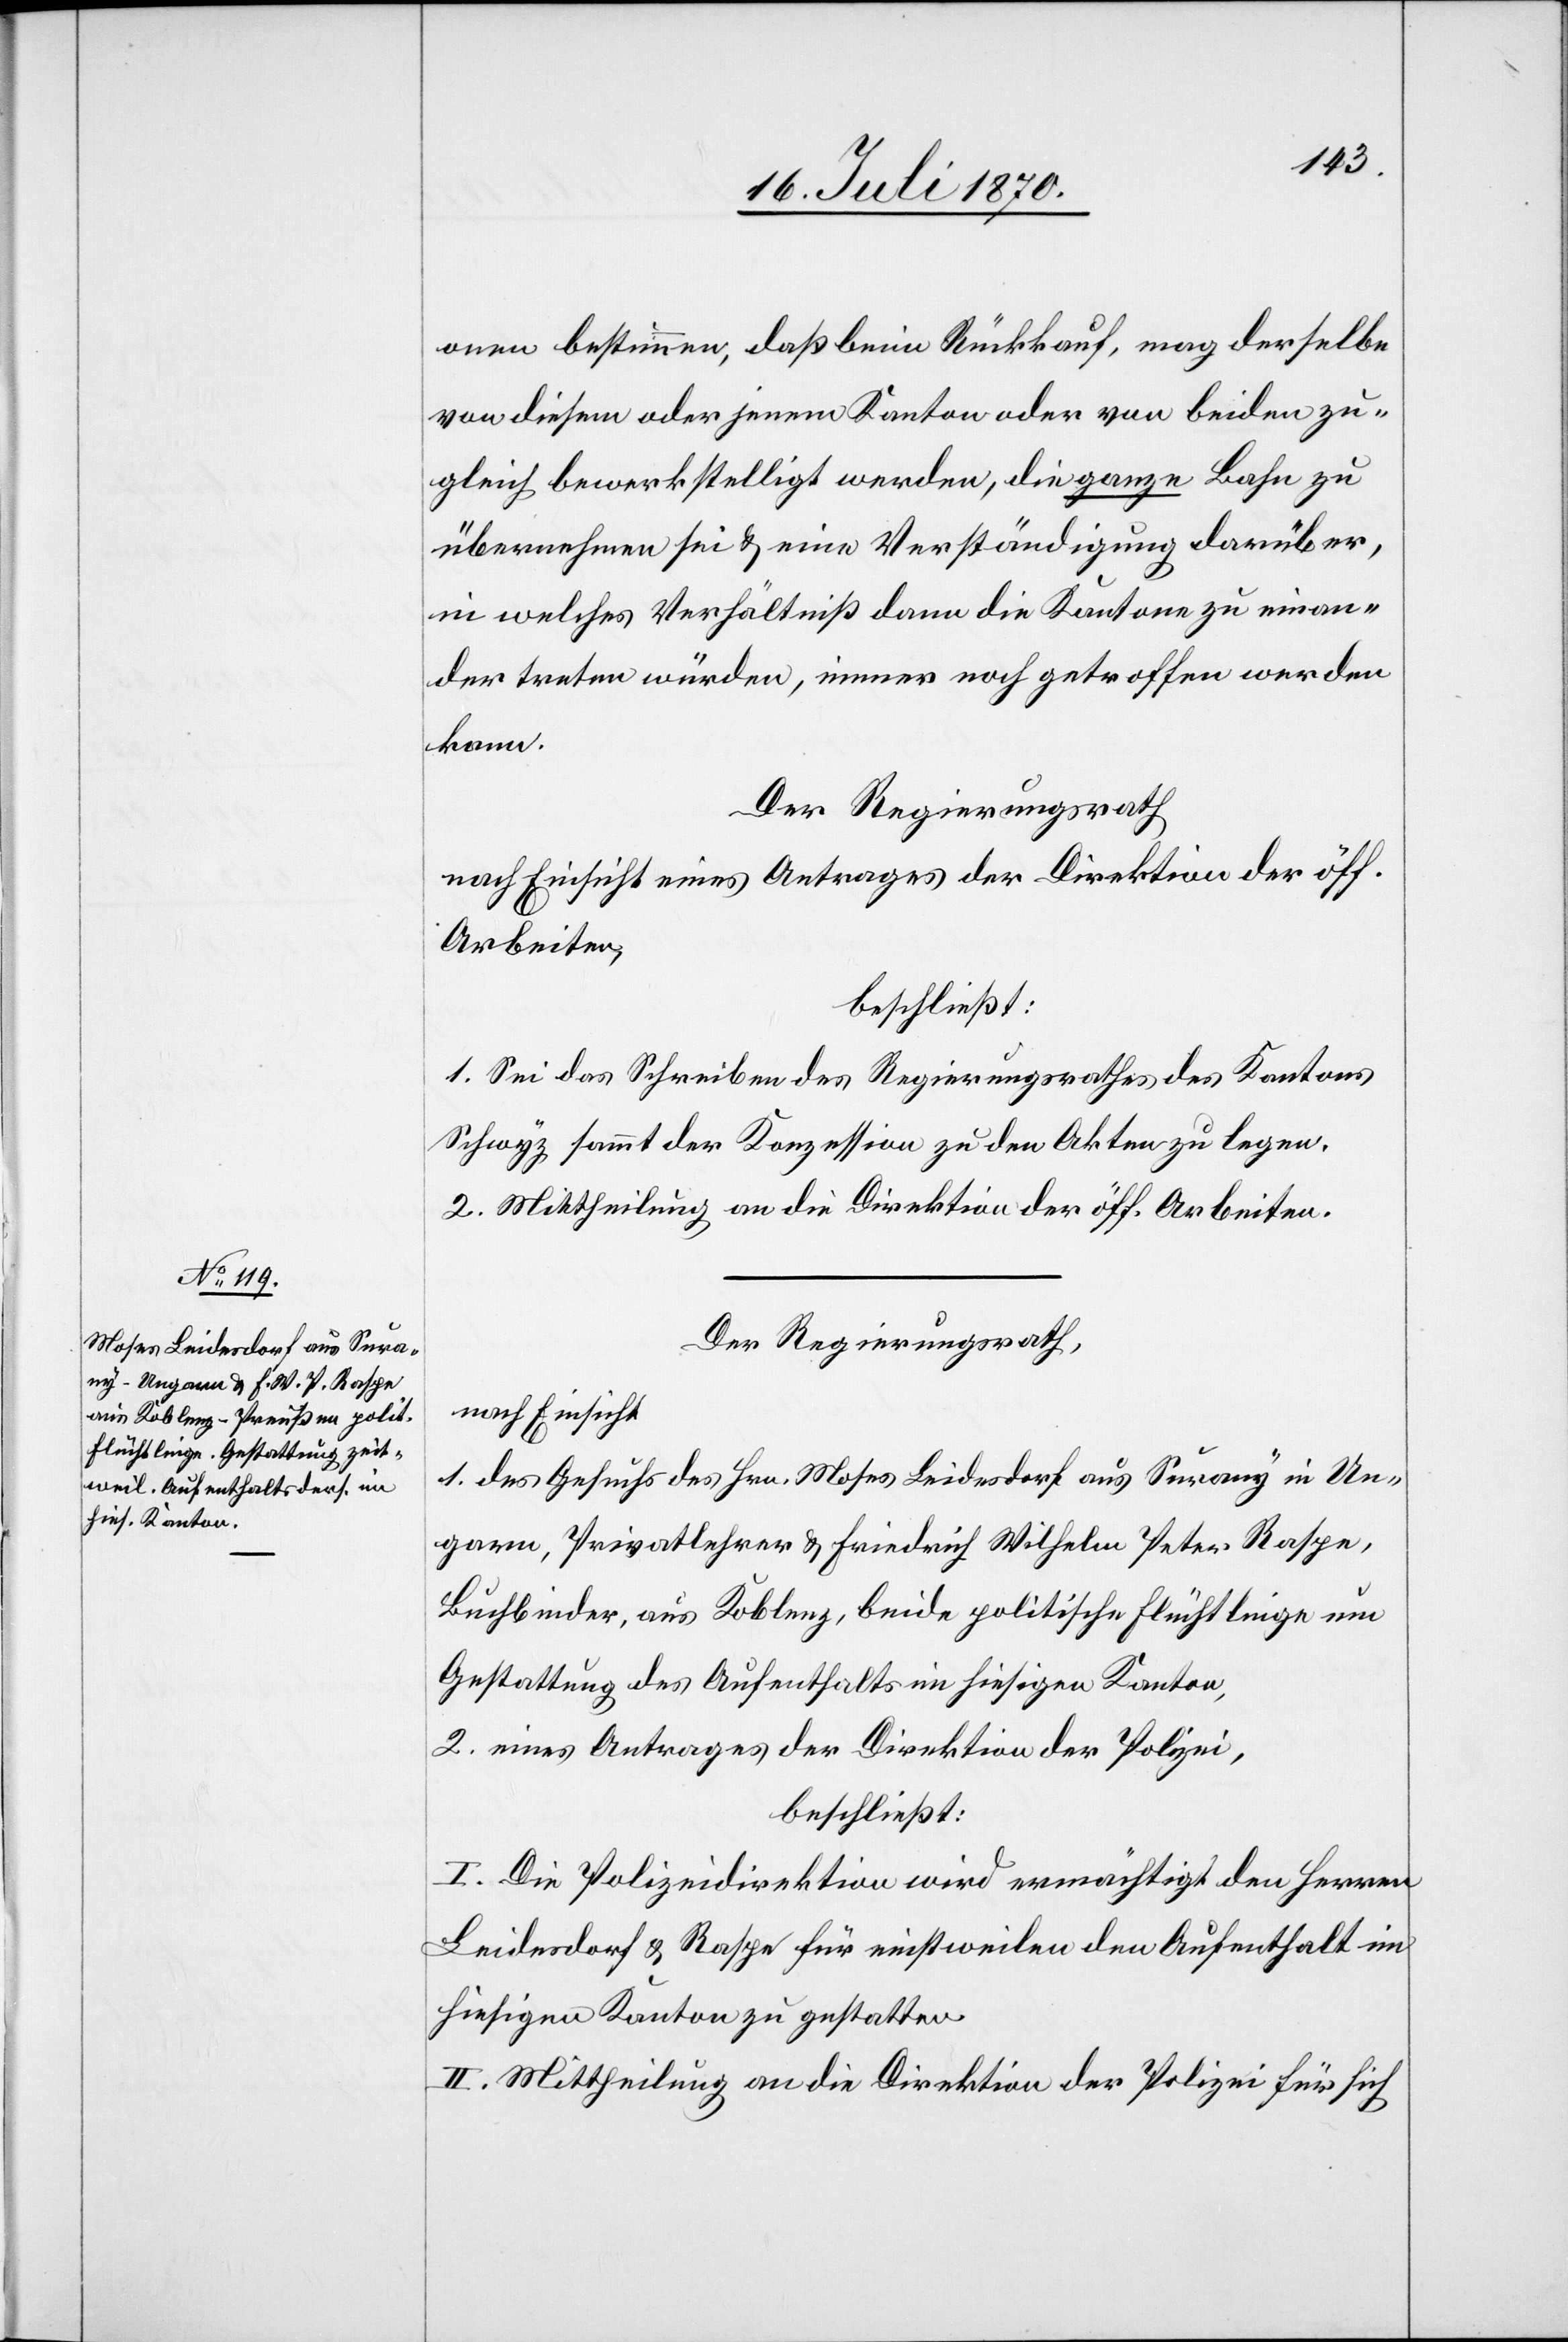
onen bestimmen, daß beim Rückkauf, mag derselbe
von diesem oder jenem Kanton oder von beiden zu¬
gleich bewerkstelligt werden, die ganze Bahn zu
übernehmen sei & eine Verständigung darüber,
in welches Verhältniß dann die Kantone zu einan¬
der treten würden, immer noch getroffen werden
kann.
Der Regierungsrath,
nach Einsicht eines Antrages der Direktion der öff.
Arbeiten,
beschließt:
1. Sei das Schreiben des Regierungsrathes des Kantons
Schwyz sammt der Konzession zu den Akten zu legen.
2. Mittheilung an die Direktion der öff. Arbeiten.
Der Regierungsrath,
nach Einsicht
1. des Gesuchs des Hrn. Moses Leidersdorf aus Surany in Un¬
garn, Privatlehrer & Friedrich Wilhelm Peter Raspe,
Buchbinder, aus Koblenz, beide politische Flüchtlinge[,] um
Gestattung des Aufenthalts in hiesigen [sic!] Kanton,
2. eines Antrages der Direktion der Polizei,
beschließt:
I. Die Polizeidirektion wird ermächtigt[,] den Herren
Leidersdorf & Raspe für einstweilen den Aufenthalt im
hiesigen Kanton zu gestatten.
II. Mittheilung an die Direktion der Polizei für sich